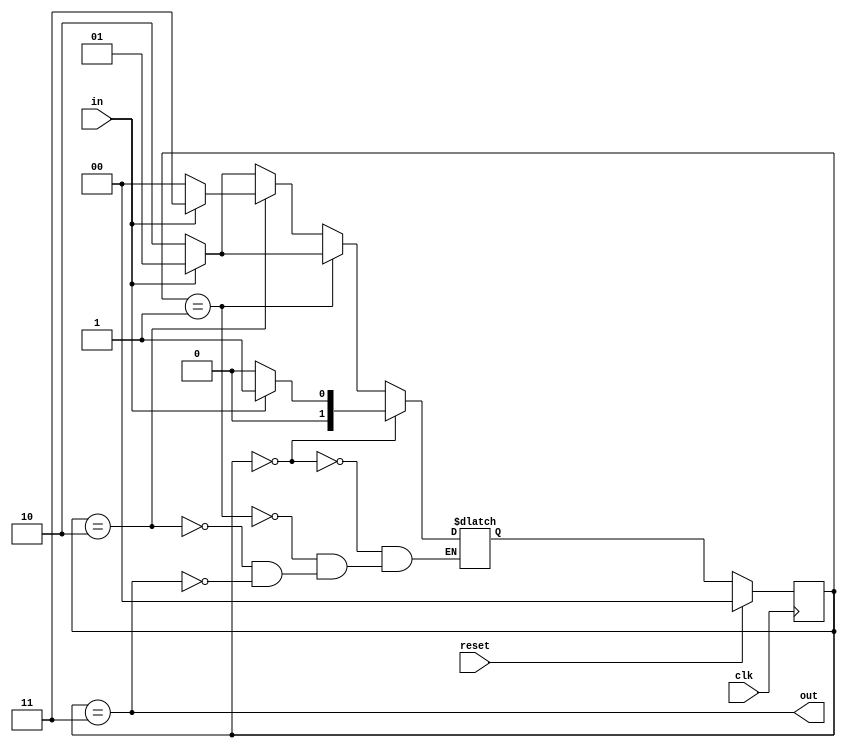
module top_module(
    input clk,
    input in,
    input reset,
    output out); //
    
    reg [1:0] A=0, B=1, C=2, D=3;
    reg [1:0] ps, ns;

    // State transition logic
    always @(*)
        begin
            case(ps)
                A : ns = (in)?B:A;
                B : ns = (in)?B:C;
                C : ns = (in)?D:A;
                D : ns = (in)?B:C;
            endcase
        end

    // State flip-flops with synchronous reset
    always @(posedge clk)
        begin
            if (reset)
                ps <= A;
            else
                ps <= ns;
        end

    // Output logic
    assign out = (ps==D);

endmodule